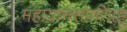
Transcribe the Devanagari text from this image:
महायानसंपरिग्रह